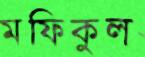
মফিকুল